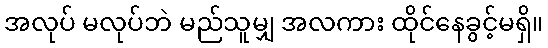
အလုပ် မလုပ်ဘဲ မည်သူမျှ အလကား ထိုင်နေခွင့်မရှိ။